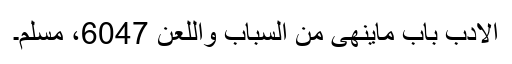
الادب باب ماینھی من السباب واللعن 6047، مسلم۔